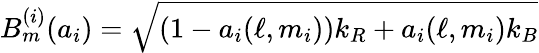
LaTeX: B_{m}^{(i)}(a_{i})=\sqrt{(1-a_{i}(\ell,m_{i}))k_{R}+a_{i}(\ell,m_{i})k_{B}}